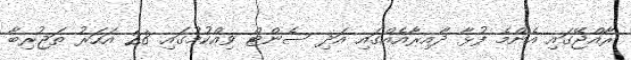
ރާއްޖޭގައި އެންމެ ފުޅާ ދާއިރާއެއްގައި އަދި ސެންޓް ވިއްކުމުގައި 28 އަހަރު ތަޖުރިބާ